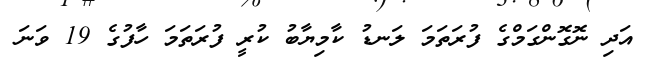
އަދި ނޮގޮންގަމްގެ ފުރަތަމަ ލަނޑު ކާމިޔާބު ކުރީ ފުރަތަމަ ހާފުގެ 19 ވަނަ